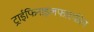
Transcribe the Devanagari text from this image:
ट्राईफिनाइलफास्फीन